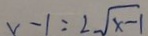
x - 1 = 2 \sqrt { x - 1 }